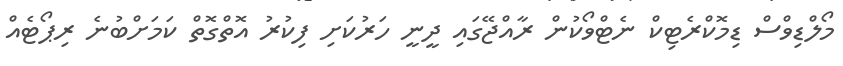
މޯލްޑިވްސް ޑިމޮކްރެޓިކް ނެޓްވޯކުން ރާއްޖޭގައި ދީނީ ހަރުކަށި ފިކުރު އޮތްގޮތް ކަމަށްބުނެ ރިޕޯޓެއް